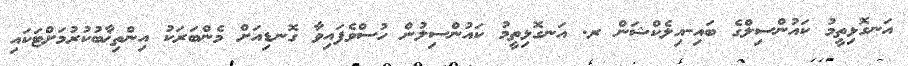
އަނގޮޅިތީމު ކައުންސިލްގެ ބައި-އިލެކްޝަން ރ. އަނގޮޅިތީމު ކައުންސިލުން ހުސްވެފައިވާ ގޮނޑިއަށް މެންބަރަކު އިންތިޚާބުކުރުމަށްޓަކައި